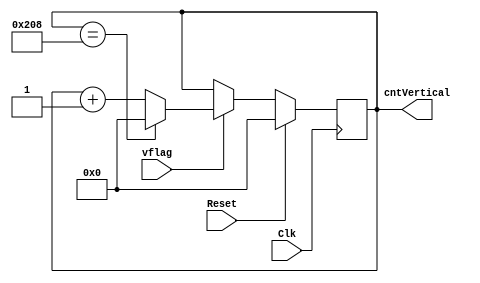
`timescale 1ns / 1ps

/*
	LOGBOOK:
	11-Ago-2016: Fue ampliado el rango de operacion a 40 bits, con tome de 840000
	13-Ago-2016: Eran 20 bits en lugar de 40
*/

module contadorvertical(Clk, Reset, cntVertical, vflag);
	//entradas salidas
	input Clk, Reset, vflag;
	//salidas
	output [9:0] cntVertical;
	reg [9:0] cntVertical;
	always @ (posedge Clk)
	begin
		//condicion de inicio
		if (Reset) cntVertical <= 0;
		else
		begin
			// Check flag
			if(vflag)
			begin
				//final de la cuenta
				if (cntVertical == 520) cntVertical <= 0;
				//aumento de la cuenta
				else cntVertical <= cntVertical + 10'd1;	
			end
		end
	end

endmodule